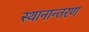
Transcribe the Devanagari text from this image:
स्‍थानान्‍तरण